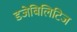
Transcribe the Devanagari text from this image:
डजेबिलिटिज